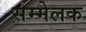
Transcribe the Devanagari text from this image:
सम्मेलक